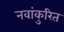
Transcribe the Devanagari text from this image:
नवांकुरित